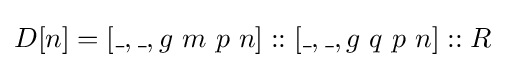
D[n]=[\_,\_,g\ m\ p\ n]::[\_,\_,g\ q\ p\ n]::R